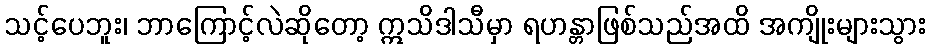
သင့်ပေဘူး၊ ဘာကြောင့်လဲဆိုတော့ ဣသိဒါသီမှာ ရဟန္တာဖြစ်သည်အထိ အကျိုးများသွား